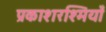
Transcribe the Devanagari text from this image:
प्रकाशरश्मियाँ